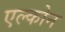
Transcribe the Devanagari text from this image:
एल्कोन